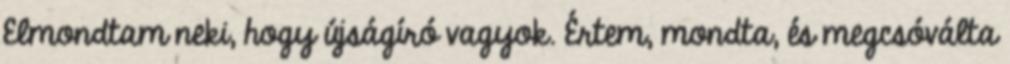
Elmondtam neki, hogy újságíró vagyok. Értem, mondta, és megcsóválta